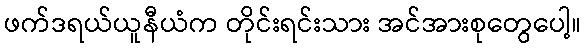
ဖက်ဒရယ်ယူနီယံက တိုင်းရင်းသား အင်အားစုတွေပေါ့။